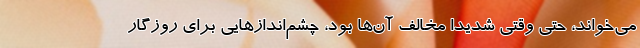
می‌خواند، حتی وقتی شدیداً مخالف آن‌ها بود، چشم‌اندازهایی برای روزگار